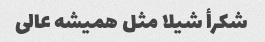
شکرأ شیلا مثل همیشه عالی